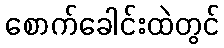
စောက်ခေါင်းထဲတွင်